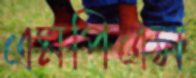
এমপিএস